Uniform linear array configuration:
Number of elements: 16
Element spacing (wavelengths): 1
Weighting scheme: blackman
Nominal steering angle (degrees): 60
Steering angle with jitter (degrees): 60.024
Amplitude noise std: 0.05
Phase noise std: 0.05

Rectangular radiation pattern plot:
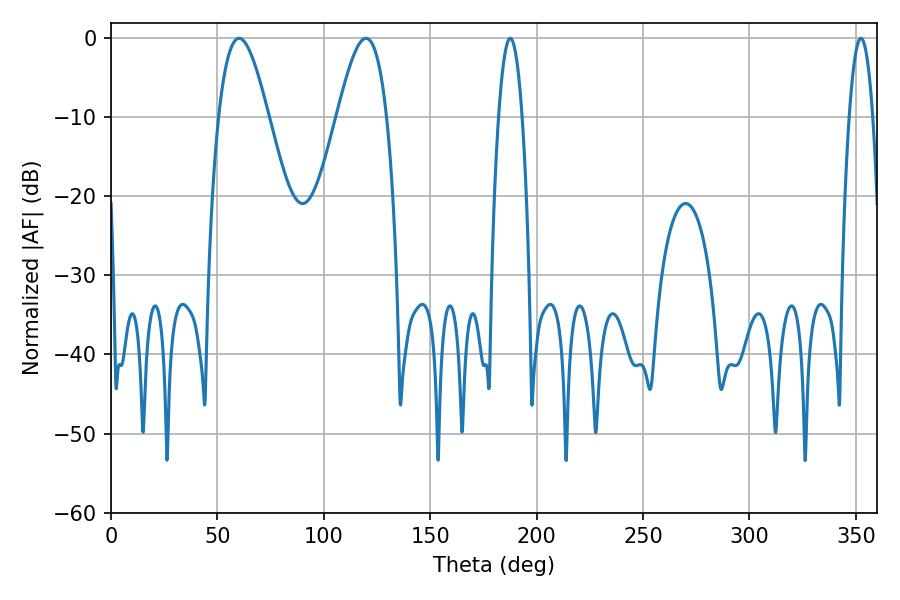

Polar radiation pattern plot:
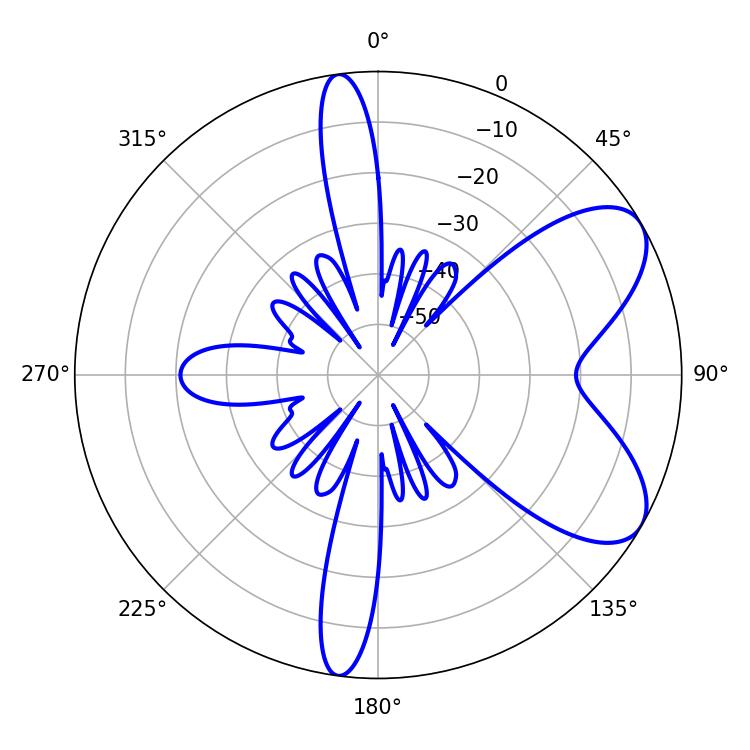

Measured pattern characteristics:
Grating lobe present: TRUE
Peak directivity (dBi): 7.086
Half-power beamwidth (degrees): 12.6
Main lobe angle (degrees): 60.12